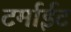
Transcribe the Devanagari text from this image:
टर्माईट